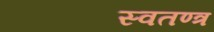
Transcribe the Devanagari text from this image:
स्वतण्त्र